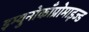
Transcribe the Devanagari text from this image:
इम्युनोकाँप्रोमाइज्ड